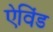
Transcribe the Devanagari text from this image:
ऐविंड